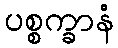
ပစ္စက္ခာနံ